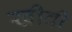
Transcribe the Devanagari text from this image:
खीवी